Document type: bank_statement
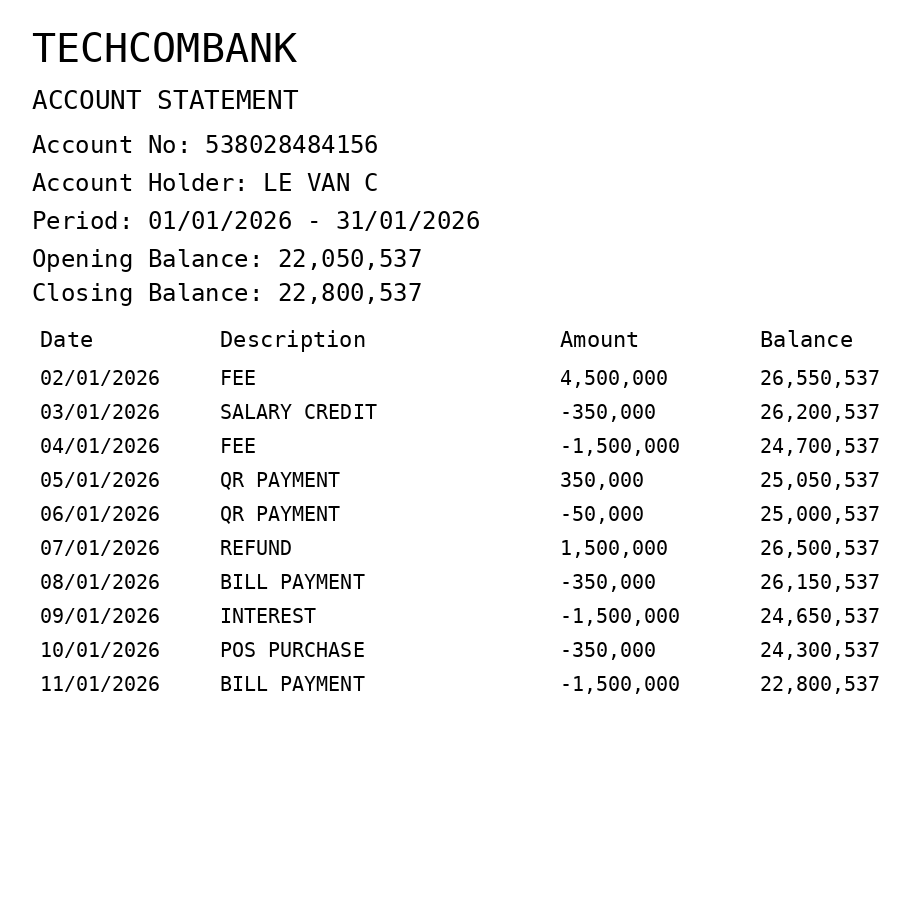
OCR transcript:
TECHCOMBANK
ACCOUNT STATEMENT
Account No: 538028484156
Account Holder: LE VAN C
Period: 01/01/2026 - 31/01/2026
Opening Balance: 22,050,537
Closing Balance: 22,800,537
Date
Description
Amount
Balance
02/01/2026
FEE
4,500,000
26,550,537
03/01/2026
SALARY CREDIT
-350,000
26,200,537
04/01/2026
FEE
-1,500,000
24,700,537
05/01/2026
QR PAYMENT
350,000
25,050,537
06/01/2026
QR PAYMENT
-50,000
25,000,537
07/01/2026
REFUND
1,500,000
26,500,537
08/01/2026
BILL PAYMENT
-350,000
26,150,537
09/01/2026
INTEREST
-1,500,000
24,650,537
10/01/2026
POS PURCHASE
-350,000
24,300,537
11/01/2026
BILL PAYMENT
-1,500,000
22,800,537
Extracted fields:
bank_name: techcombank
account_number: 538028484156
account_holder: le van c
statement_period: 01/01/2026 - 31/01/2026
opening_balance: 22050537
closing_balance: 22800537
transactions: date: 2026-01-02
description: fee
amount: 4500000
balance: 26550537
date: 2026-01-03
description: salary credit
amount: -350000
balance: 26200537
date: 2026-01-04
description: fee
amount: -1500000
balance: 24700537
date: 2026-01-05
description: qr payment
amount: 350000
balance: 25050537
date: 2026-01-06
description: qr payment
amount: -50000
balance: 25000537
date: 2026-01-07
description: refund
amount: 1500000
balance: 26500537
date: 2026-01-08
description: bill payment
amount: -350000
balance: 26150537
date: 2026-01-09
description: interest
amount: -1500000
balance: 24650537
date: 2026-01-10
description: pos purchase
amount: -350000
balance: 24300537
date: 2026-01-11
description: bill payment
amount: -1500000
balance: 22800537